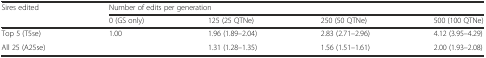
| <ROWSPAN=2> Sires edited | <COLSPAN=4> Number of edits per generation |
 | 0 (GS only) | 125 (25 QTNe) | 250 (50 QTNe) | 500 (100 QTNe) |
 | --- | --- | --- | --- | --- |
 | Top 5 (T5se) | <ROWSPAN=2> 1.00 | 1.96 (1.89–2.04) | 2.83 (2.71–2.96) | 4.12 (3.95–4.29) |
 | All 25 (A25se) | 1.31 (1.28–1.35) | 1.56 (1.51–1.61) | 2.00 (1.93–2.08) |